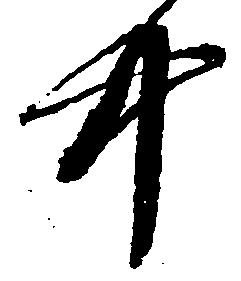
中